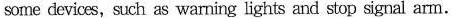
some devices,such as warning lights and stop signal arm.